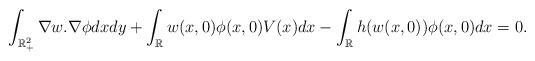
LaTeX: \begin{align*}\int_{\mathbb {R}^2_+} \nabla w.\nabla \phi dxdy+\int_{\mathbb {R}} w(x,0)\phi(x,0) V(x) dx-\int_{\mathbb {R}}h(w(x,0))\phi(x,0) dx=0.\end{align*}